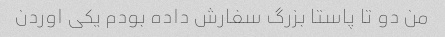
من دو تا پاستا بزرگ سفارش داده بودم یکی اوردن